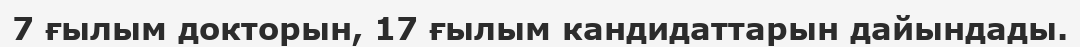
7 ғылым докторын, 17 ғылым кандидаттарын дайындады.